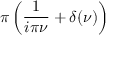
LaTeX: \pi \left( { \frac { 1 } { i \pi \nu } } + \delta ( \nu ) \right)